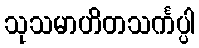
သုသမာဟိတသင်္ကပ္ပါ